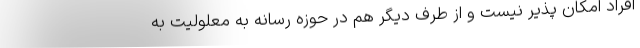
افراد امکان پذیر نیست و از طرف دیگر هم در حوزه رسانه به معلولیت به